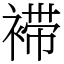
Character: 䙊